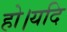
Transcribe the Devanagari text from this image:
हो।यदि